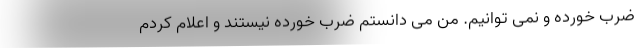
ضرب خورده و نمی توانیم. من می دانستم ضرب خورده نیستند و اعلام کردم